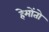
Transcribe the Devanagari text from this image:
हेमोंतो